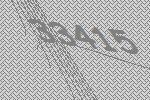
33415